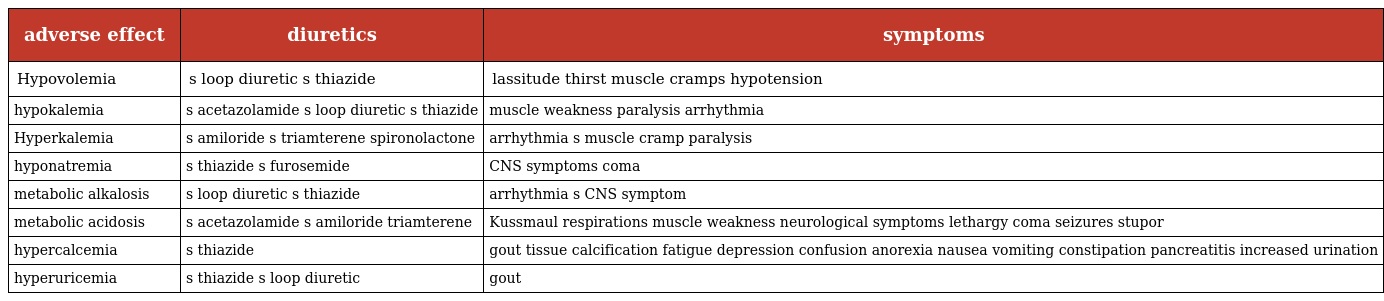
| adverse effect | diuretics | symptoms |
 | --- | --- | --- |
 | Hypovolemia | s loop diuretic s thiazide | lassitude thirst muscle cramps hypotension |
 | hypokalemia | s acetazolamide s loop diuretic s thiazide | muscle weakness paralysis arrhythmia |
 | Hyperkalemia | s amiloride s triamterene spironolactone | arrhythmia s muscle cramp paralysis |
 | hyponatremia | s thiazide s furosemide | CNS symptoms coma |
 | metabolic alkalosis | s loop diuretic s thiazide | arrhythmia s CNS symptom |
 | metabolic acidosis | s acetazolamide s amiloride triamterene | Kussmaul respirations muscle weakness neurological symptoms lethargy coma seizures stupor |
 | hypercalcemia | s thiazide | gout tissue calcification fatigue depression confusion anorexia nausea vomiting constipation pancreatitis increased urination |
 | hyperuricemia | s thiazide s loop diuretic | gout |